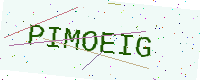
Text: PIMOEIG